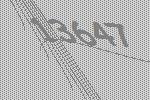
13647